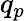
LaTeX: q_{p}